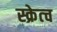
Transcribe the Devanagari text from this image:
स्क्रेत्च